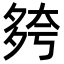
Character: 𡖮